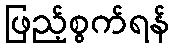
ဖြည့်စွက်ရန်